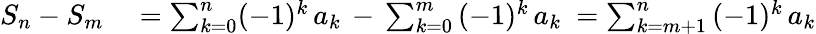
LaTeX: \begin{array}{rl}{S_{n}-S_{m}}&{{}=\sum_{k=0}^{n}(-1)^{k}\, a_{k}\, -\, \sum_{k=0}^{m}\, (-1)^{k}\, a_{k}\ =\sum_{k=m+1}^{n}\, (-1)^{k}\, a_{k}}\end{array}